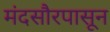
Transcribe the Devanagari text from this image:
मंदसौरपासून